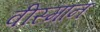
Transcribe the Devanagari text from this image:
वीस्मान